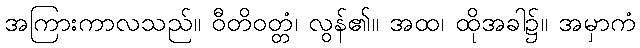
အကြားကာလသည်။ ဝီတိဝတ္တံ၊ လွန်၏။ အထ၊ ထိုအခါ၌။ အမှာကံ